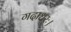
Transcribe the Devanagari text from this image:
गदाधरः।